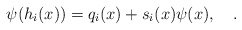
\begin{align*}\psi (h_i (x)) = q_i (x) + s_i (x) \psi (x), \quad.\end{align*}